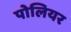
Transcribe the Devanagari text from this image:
पोलियर